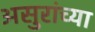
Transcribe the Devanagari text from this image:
असुरांच्या